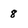
Character: 8